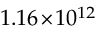
1 . 1 6 \! \times \! 1 0 ^ { 1 2 }